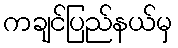
ကချင်ပြည်နယ်မှ